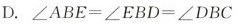
D.$$∠ A B E = ∠ E B D = ∠ D B C$$